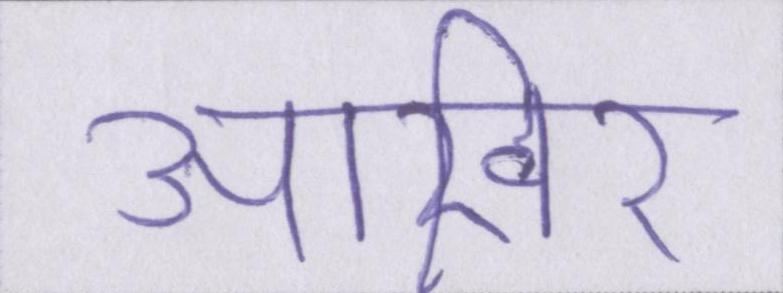
आखिर